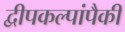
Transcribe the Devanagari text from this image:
द्वीपकल्पांपैकी